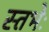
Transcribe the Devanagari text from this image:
स्तभेः